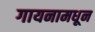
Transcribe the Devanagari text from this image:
गायनामधून